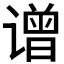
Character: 𬤤